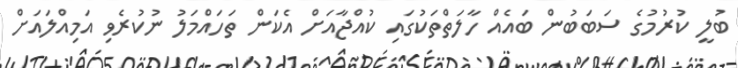
ބުލީ ކުރުމުގެ ސަބަބުން ބައެއް ހާލަތްތަކުގައި ކުއްޖާއަށް އެކަން ތަހައްމަލު ނުކުރެވި އަމިއްލައަށް